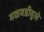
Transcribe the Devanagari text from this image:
मळवडीवुले